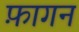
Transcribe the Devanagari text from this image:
फ़ागन